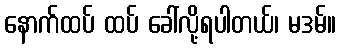
နောက်ထပ် ထပ် ခေါ်လို့ရပါတယ်၊ မဒမ်။